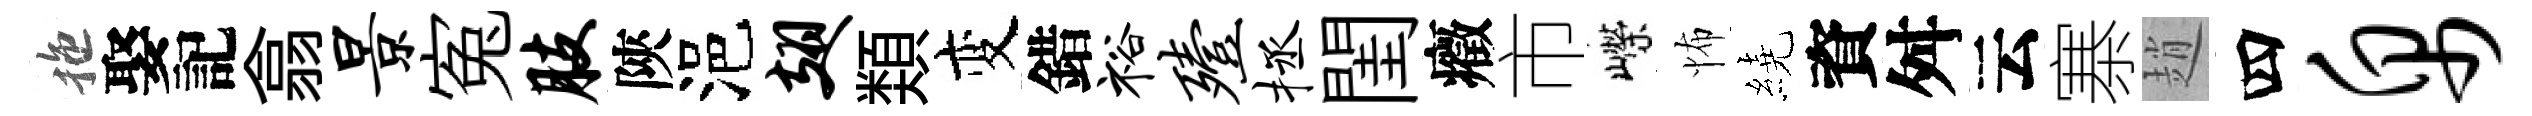
拖娶記翕景寃肢陝浥翅𩔖变錯裕殪拯閨癥市嶸怖繞資舛云寨趙四帛